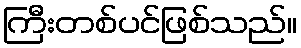
ကြီးတစ်ပင်ဖြစ်သည်။